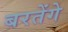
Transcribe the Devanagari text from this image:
बरतेंगे